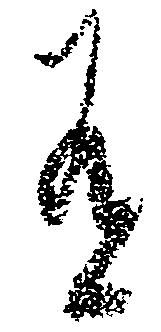
有